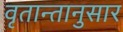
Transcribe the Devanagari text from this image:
वृतान्तानुसार